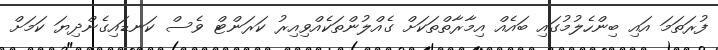
ފުރަތަމަ އައި ބިންހެލުމުގައި ބައެއް އިމާރާތްތަކަށް ގެއްލުންތަކެއްވިއިރު ކަރަންޓް ވެސް ކަނޑައިގެންދިޔަ ކަމަށް